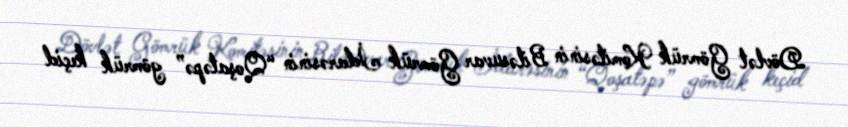
Dövlət Gömrük Komitəsinin Biləsuvar Gömrük İdarəsinin “Qoşatəpə” gömrük keçid